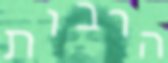
הרבות